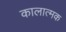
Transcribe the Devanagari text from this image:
कालात्मक